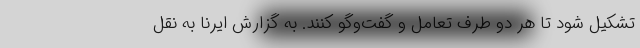
تشکیل شود تا هر دو طرف تعامل و گفت‌وگو کنند. به گزارش ایرنا به نقل